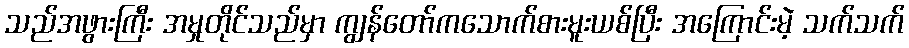
သည်အဖွားကြီး အမှုတိုင်သည်မှာ ကျွန်တော်ကသောက်စားမူးယစ်ပြီး အကြောင်းမဲ့ သက်သက်